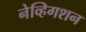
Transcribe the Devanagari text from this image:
नेव्हिगशन